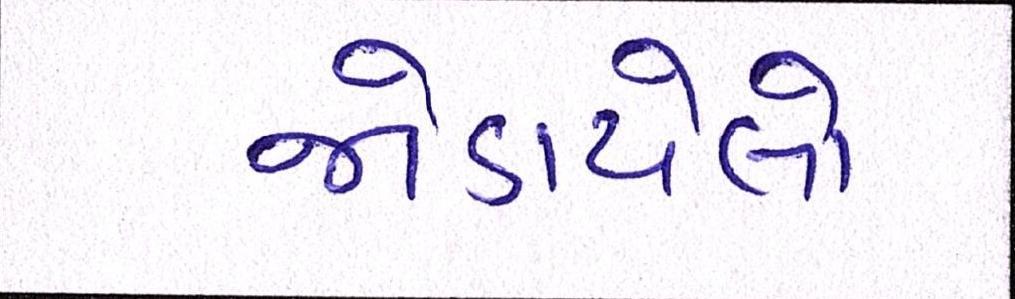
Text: જોડાયેલો